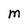
Character: m